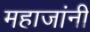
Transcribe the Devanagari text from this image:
महाजांनी